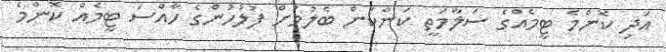
އަދި ކޮންމެ ޓީމެއްގެ ސަލާމަތީ ކަންކަން ބެލުމަށް ފުލުހުންގެ ހާއްސަ ޓީމެއް ކޮންމެ